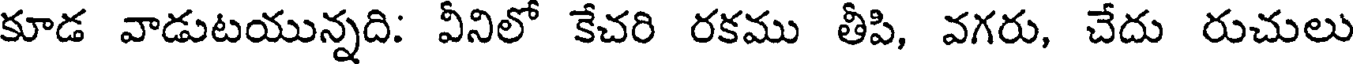
కూడ వాడుటయున్నది: వీనిలో కేచరి రకము తీపి, వగరు, చేదు రుచులు